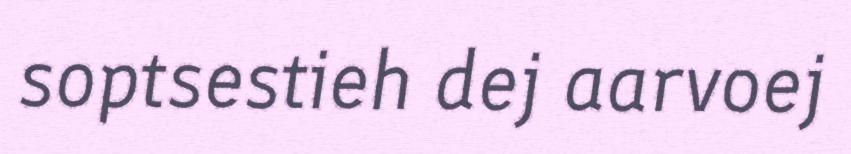
soptsestieh dej aarvoej